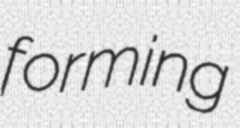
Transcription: forming